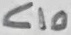
Text: C10